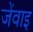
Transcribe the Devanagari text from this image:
जेंवाइ